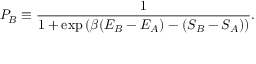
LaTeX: P _ { B } \equiv { \frac { 1 } { 1 + \exp \left( \beta ( E _ { B } - E _ { A } ) - ( S _ { B } - S _ { A } ) \right) } } .